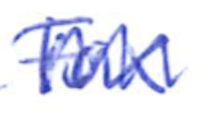
Text: Fox
Cross-out: mix
Writing tool: ballpoint